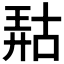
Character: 𫪹